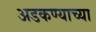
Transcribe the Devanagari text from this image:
अडकण्याच्या